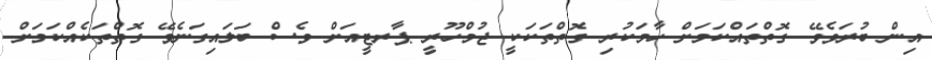
އިން ބުރަވެވޭ ގޮތްތައްކަމަށް ހާމަކުރި ގޮތްތަކަކީ ޖުމްހޫރީ ޕާރޓީއަށް ވެސް ބަލައިގަނެވޭ ގޮތްތަކެއްކަމަށް